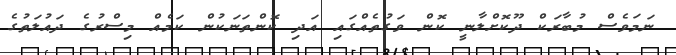
ނަމަވެސް މުބާރަކް ދޫކޮށްލާނީ ކޮން ވަގުތެއްގައި އަދި ކޮންތަނަކުން ކަމެއް މިސްރުގެ ދައުލަތުގެ